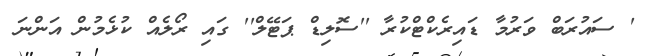
' ސައުރަބް ވަރުމާ ޑައިރެކްޓްކުރާ ''ސޮލިޑް ޕަޓޭލް'' ގައި ރޯލެއް ކުޅެމުން އަންނަ